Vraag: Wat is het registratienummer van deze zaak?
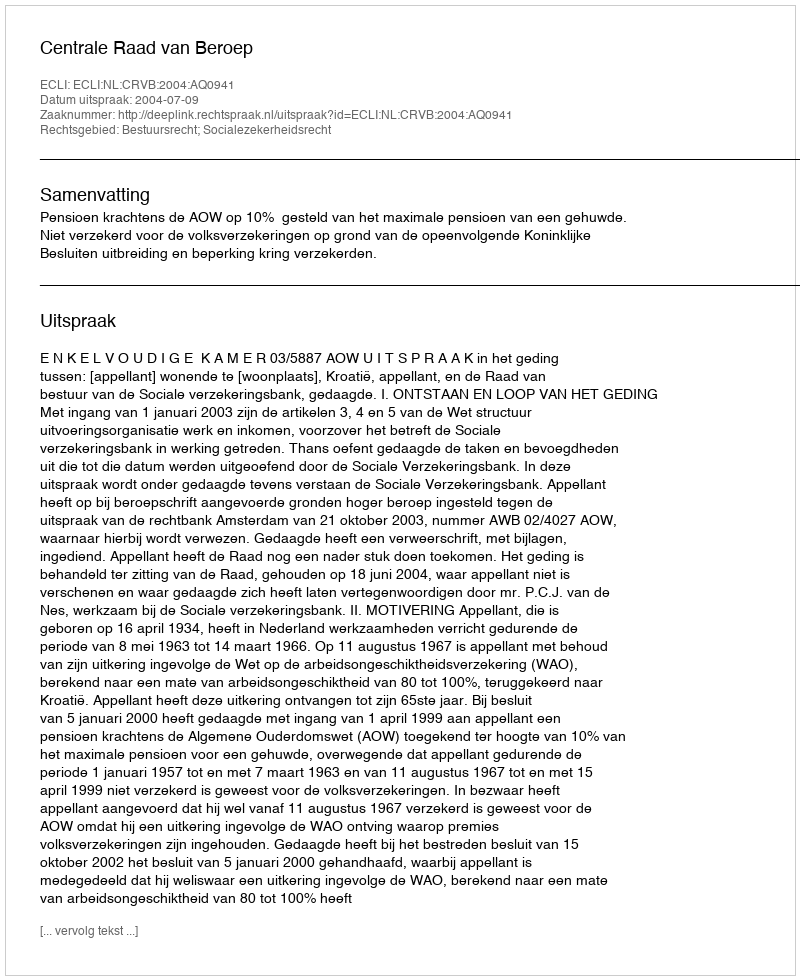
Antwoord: http://deeplink.rechtspraak.nl/uitspraak?id=ECLI:NL:CRVB:2004:AQ0941